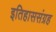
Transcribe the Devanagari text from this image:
इतिहाससंग्रह